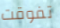
تفوقت